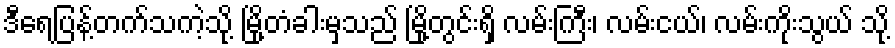
ဒီရေပြန့်တက်သကဲ့သို့ မြို့တံခါးမှသည် မြို့တွင်းရှိ လမ်းကြီး၊ လမ်းငယ်၊ လမ်းကိုးသွယ် သို့